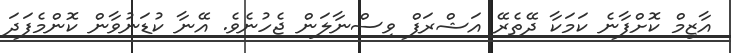
އާޒިމް ކޮށްފާނެ ކަމަކާ ދޭތެރޭ އަޝްރަފް ވިސްނާލަން ޖެހުނެވެ. އޭނާ ކުޑަނުވާން ކޮންމެފަދަ